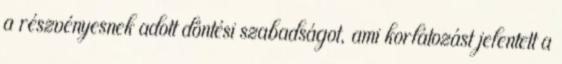
a részvényesnek adott döntési szabadságot, ami korlátozást jelentett a